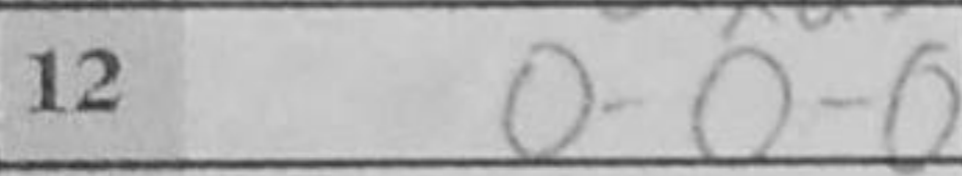
Transcription: O-O-O